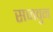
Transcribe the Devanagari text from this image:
सजवुन